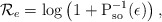
\begin{align*} \mathcal{R}_e = \log \left( 1+ \textrm{P}_\textrm{so}^{-1}(\epsilon) \right) ,\end{align*}